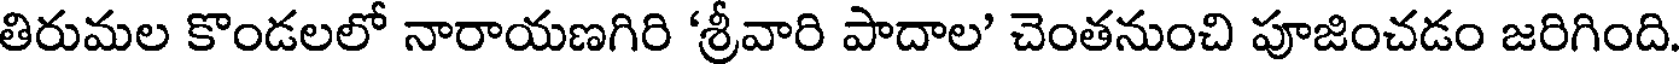
తిరుమల కొండలలో నారాయణగిరి 'శ్రీవారి పాదాల' చెంతనుంచి పూజించడం జరిగింది